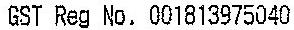
GST REG NO. 001813975040